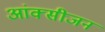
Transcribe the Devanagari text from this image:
आंक्सीजन